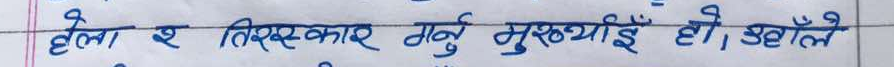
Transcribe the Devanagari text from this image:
हेला र तिरस्कार गर्नु मुख्यई हो। उहाँले